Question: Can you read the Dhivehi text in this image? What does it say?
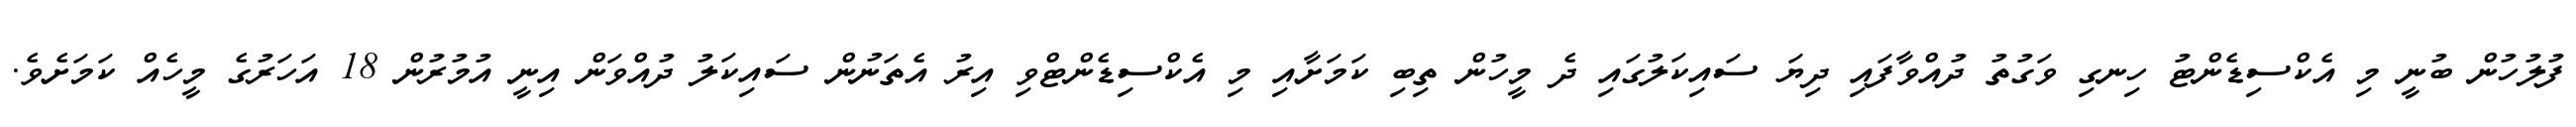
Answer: ފުލުހުން ބުނީ މި އެކްސިޑެންޓު ހިނގި ވަގުތު ދުއްވާފައި ދިޔަ ސައިކަލުގައި ދެ މީހުން ތިބި ކަމަށާއި މި އެކްސިޑެންޓްވި އިރު އެތަނުން ސައިކަލު ދުއްވަން އިނީ އުމުރުން 18 އަހަރުގެ މީހެއް ކަމަށެވެ.